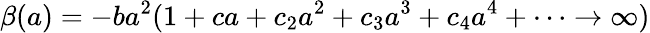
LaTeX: \beta(a)=-ba^{2}(1+ca+c_{2}a^{2}+c_{3}a^{3}+c_{4}a^{4}+\cdots\rightarrow\infty)